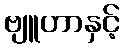
ဗျူဟာနှင့်